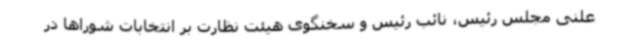
علنی مجلس رئیس، نائب رئیس و سخنگوی هیئت نظارت بر انتخابات شوراها در